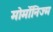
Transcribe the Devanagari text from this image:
मोर्मोनिज्म